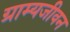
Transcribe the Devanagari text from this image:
ग्राम्यजीवन